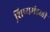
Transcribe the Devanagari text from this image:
शि़ष्यमंडळी